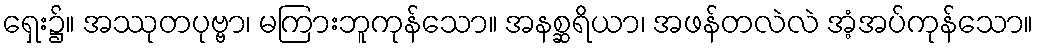
ရှေး၌။ အဿုတပုဗ္ဗာ၊ မကြားဘူကုန်သော။ အနစ္ဆရိယာ၊ အဖန်တလဲလဲ အံ့အပ်ကုန်သော။